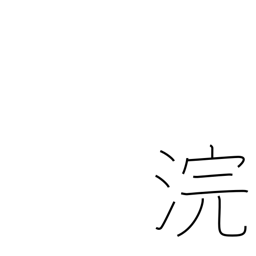
Meaning: wash